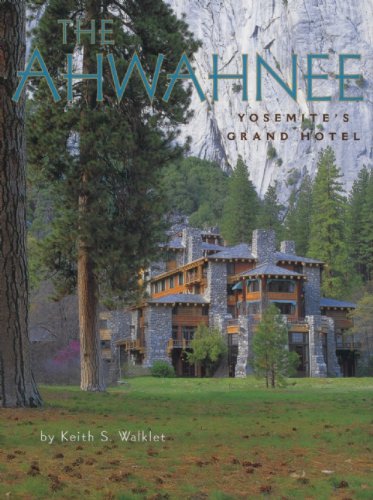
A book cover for The Ahwahnee: Yosemite's Grand Hotel; Keith S. Walklet; Travel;